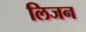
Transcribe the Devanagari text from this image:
लिजन